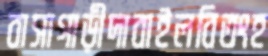
বাসাগাড়ীদাবাইলবিতংহ